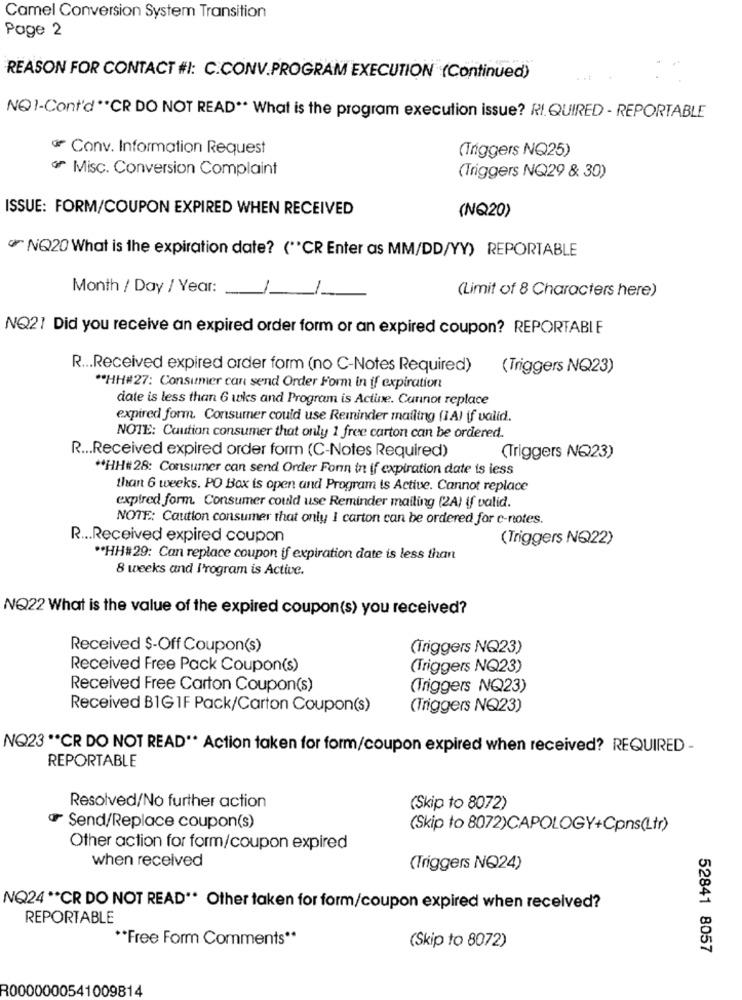
Camel Conversion System Transition
Page 2
REASON FOR CONTACT #1: C.CONV.PROGRAM EXECUTION (Continued)
NO1-Cont'd ** CR DO NOT READ .. What is the program execution issue? RI.QUIRED - REPORTABLE
₫ Conv. Information Request
(Triggers NQ25)
₼ Misc. Conversion Complaint
(Triggers NQ29 & 30)
ISSUE: FORM/COUPON EXPIRED WHEN RECEIVED
(NQ20)
NQ20 What is the expiration date? ("CR Enter as MM/DD/YY) REPORTABLE
Month / Day / Year:
(Limit of 8 Characters here)
NQ21 Did you receive an expired order form or an expired coupon? REPORTABLE
R ... Received expired order form (no C-Notes Required) (Triggers NQ23)
** HH#27: Consumer can send Order Form in if expiration
date is less than 6 wks and Program is Active. Cannot replace
expired form. Consumer could use Reminder mailing (1A) if valid.
NOTE: Caution consumer that only 1 free carton can be ordered.
R ... Received expired order form (C-Notes Required)
(Triggers NQ23)
** HH#28: Consumer can send Order Forin in if expiration date is less
than 6 weeks. PO Box is open and Program is Active. Cannot replace
expired form. Consumer could use Reminder mailing (2A) if valid.
NOTE: Caution consumer that only I carton can be ordered for c-notes.
R ... Received expired coupon
(Triggers NO22)
** HH#29: Can replace coupon if expiration date is less than
8 weeks and I'rogram is Active.
NQ22 What is the value of the expired coupon(s) you received?
Received $-Off Coupon(s)
(Triggers NQ23)
Received Free Pack Coupon(s)
(Triggers NQ23)
Received Free Carton Coupon(s)
(Triggers NQ23)
Received B1G 1F Pack/Carton Coupon(s)
(Triggers NQ23)
NO23 ** CR DO NOT READ ** Action taken for form/coupon expired when received? REQUIRED -
REPORTABLE
Resolved/No further action
(Skip to 8072)
₫ Send/Replace coupon(s)
(Skip to 8072)CAPOLOGY+Cpns(Ltr)
Other action for form/coupon expired
when received
(Triggers NQ24)
NQ24 ** CR DO NOT READ" Other taken for form/coupon expired when received?
REPORTABLE
** Free Form Comments **
(Skip to 8072)
52841 8057
R0000000541009814